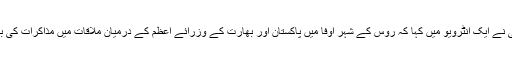
امریکی محکمہ خارجہ کے ترجمان جان کربی نے ایک انٹرویو میں کہا کہ روس کے شہر اوفا میں پاکستان اور بھارت کے وزرائے اعظم کے درمیان ملاقات میں مذاکرات کی بحالی پر اتفاق ایک حوصلہ افزا پیش رفت تھی۔